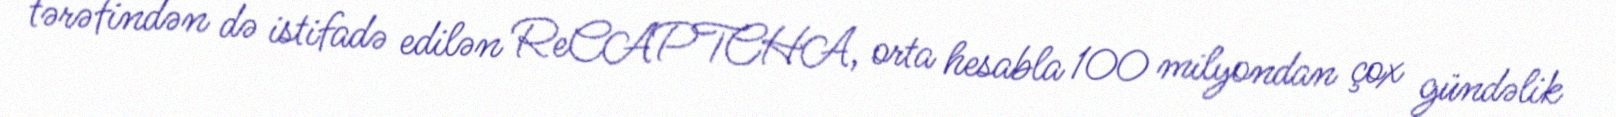
tərəfindən də istifadə edilən ReCAPTCHA, orta hesabla 100 milyondan çox gündəlik